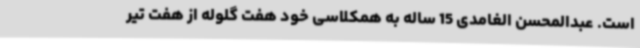
است. عبدالمحسن الغامدی 15 ساله به همکلاسی خود هفت گلوله از هفت تیر